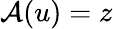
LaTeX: \mathcal{A}(u)=z